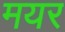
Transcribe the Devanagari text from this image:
मयर